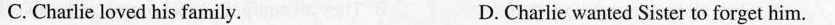
C. Charlie loved his family. D. Charlie wanted Sister to forget him.